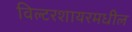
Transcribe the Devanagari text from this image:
विल्टरशायरमधील